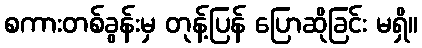
စကားတစ်ခွန်းမှ တုန့်ပြန် ပြောဆိုခြင်း မရှိ။